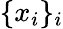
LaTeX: \{ x_{i}\} _{i}